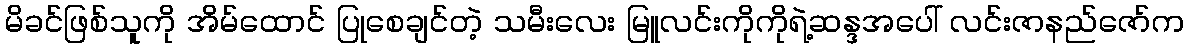
မိခင်ဖြစ်သူကို အိမ်ထောင် ပြုစေချင်တဲ့ သမီးလေး မြူလင်းကိုကိုရဲ့ဆန္ဒအပေါ် လင်းဇာနည်ဇော်က